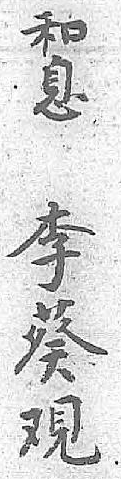
和李息葵 覌